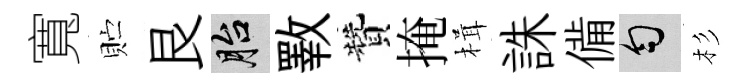
寬贮艮胎斁贊掩楫誅備匀杉